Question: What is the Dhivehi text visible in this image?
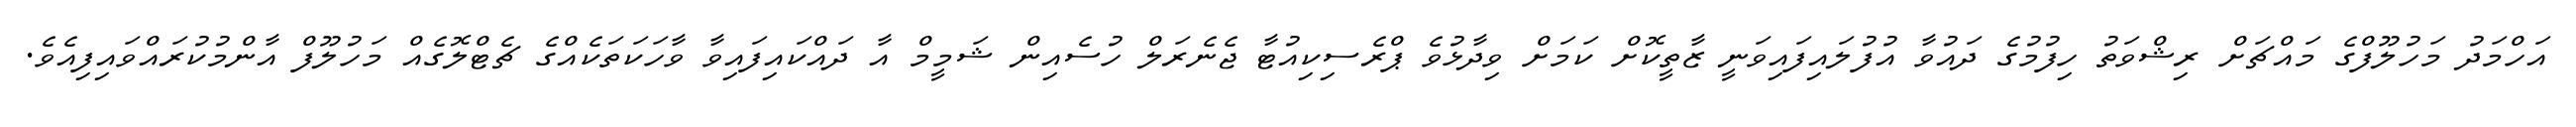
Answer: އަހްމަދު މަހުލޫފްގެ މައްޗަށް ރިޝްވަތު ހިފުމުގެ ދައުވާ އުފުލައިފައިވަނީ ޒާތީކޮށް ކަމަށް ވިދާޅުވެ ޕްރެސިކިއުޓާ ޖެނެރަލް ހުސެއިން ޝަމީމް އާ ދައްކައިފައިވާ ވާހަކަތަކެއްގެ ޗެޓްލޮގެއް މަހުލޫފް އާންމުކުރައްވައިފިއެވެ.